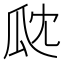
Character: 㼉